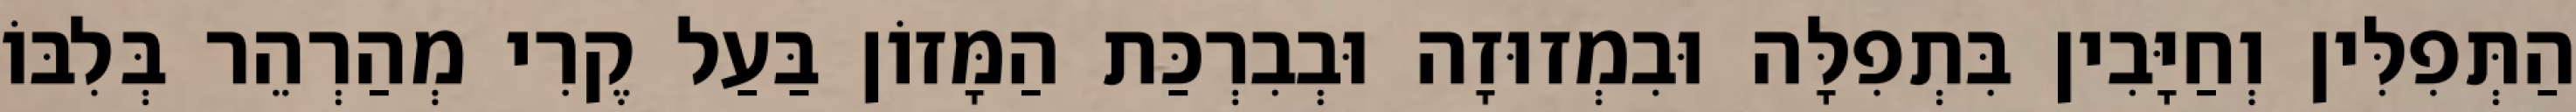
הַתְּפִלִּין וְחַיָּבִין בִּתְפִלָּה וּבִמְזוּזָה וּבְבִרְכַּת הַמָּזוֹן בַּעַל קֶרִי מְהַרְהֵר בְּלִבּוֹ